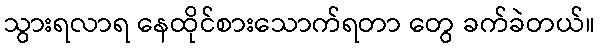
သွားရလာရ နေထိုင်စားသောက်ရတာ တွေ ခက်ခဲတယ်။